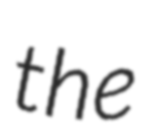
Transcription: the